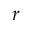
{ \boldsymbol { r } }